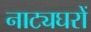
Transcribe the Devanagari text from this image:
नाट्यघरों